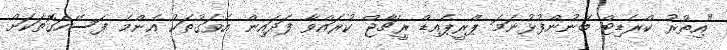
"އިތުރު ކްރެޑިޓް ބޭނުންފުޅުނަމަ ޕްރީޕެއިޑް ރީޗާޖް ކުރައްވާ ފަދައިން އެވަގުތަކު އެންމެ ފަސޭހަގޮތަކަށް